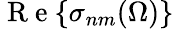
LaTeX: \mathrm{~R~e~}{\left\{ \sigma_{nm}(\Omega)\right\} }